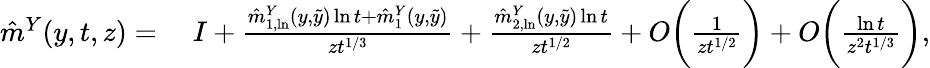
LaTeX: \begin{array}{rl}{\hat{m}^{Y}(y,t,z)=}&{\; I+\frac{\hat{m}_{1,\ln}^{Y}(y,\tilde{y})\ln t+\hat{m}_{1}^{Y}(y,\tilde{y})}{zt^{1/3}}+\frac{\hat{m}_{2,\ln}^{Y}(y,\tilde{y})\ln t}{zt^{1/2}}+O\bigg(\frac{1}{zt^{1/2}}\bigg)+O\bigg(\frac{\ln t}{z^{2}t^{1/3}}\bigg),}\end{array}